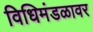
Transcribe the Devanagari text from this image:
विधिमंडळावर